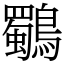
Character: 鸀